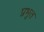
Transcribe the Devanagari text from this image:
प्रभुत